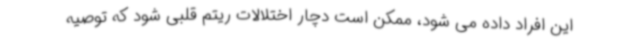
این افراد داده می شود، ممکن است دچار اختلالات ریتم قلبی شود که توصیه